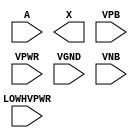
module sky130_fd_sc_hvl__lsbufhv2hv_lh (
    //# {{data|Data Signals}}
    input  A       ,
    output X       ,

    //# {{power|Power}}
    input  LOWHVPWR,
    input  VPB     ,
    input  VPWR    ,
    input  VGND    ,
    input  VNB
);
endmodule